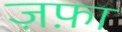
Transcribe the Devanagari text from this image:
ज़फ़ा